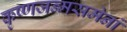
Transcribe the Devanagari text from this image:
कृष्णजन्मसमेनां